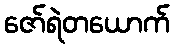
ဇော်ရဲတယောက်